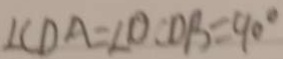
\angle C D A = \angle O \therefore O B = 9 0 ^ { \circ }